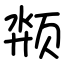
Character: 颒